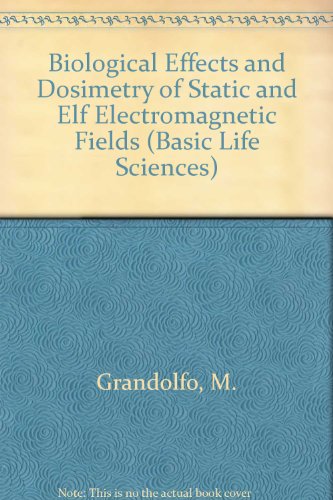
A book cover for Biological Effects and Dosimetry of Static and ELF Electromagnetic Fields (Basic Life Sciences); G. Gandolfo; Science & Math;